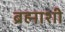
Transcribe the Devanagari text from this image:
ब्रह्माशी